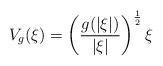
LaTeX: \begin{align*} V_g(\xi) = \left(\frac{g(|\xi|)}{|\xi|}\right)^{\frac{1}{2}}\xi\end{align*}